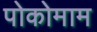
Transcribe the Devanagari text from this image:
पोकोमाम